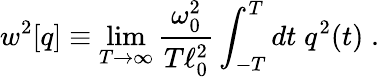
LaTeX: w^{2}[q]\equiv\operatorname*{lim}_{T\rightarrow\infty}{\frac{\omega_{0}^{2}}{T\ell_{0}^{2}}}\int_{-T}^{T}dt\; q^{2}(t)\; .